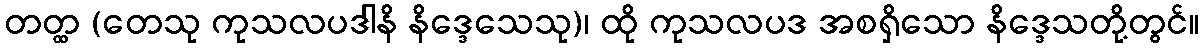
တတ္ထ (တေသု ကုသလပဒါနိ နိဒ္ဒေသေသု)၊ ထို ကုသလပဒ အစရှိသော နိဒ္ဒေသတို့တွင်။